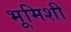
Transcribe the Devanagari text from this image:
भूमिशी